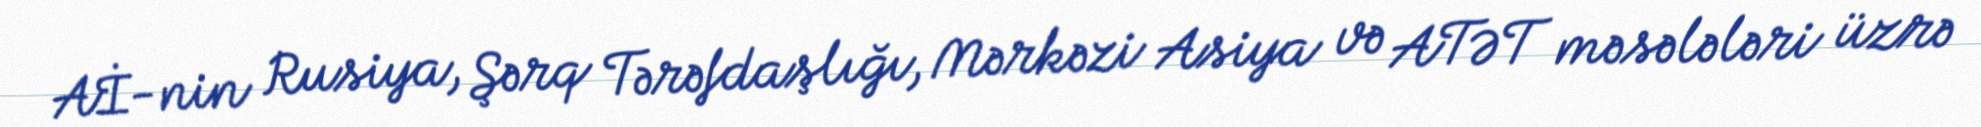
Aİ-nin Rusiya, Şərq Tərəfdaşlığı, Mərkəzi Asiya və ATƏT məsələləri üzrə